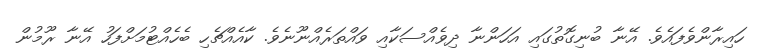
ހައިރާންވެފައެވެ. އޭނާ ބުނިގޮތުގައި އަހަންނާ ދިވެއްސަކާއި ވައްތަރެއްނޫނެވެ. ކާއެއްޗެހި ބެހެއްޓުމަށްފަހު އޭނާ ރޫމުން